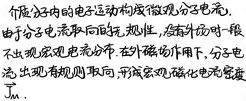
性能好的电运动构成微观分子电流，由于分子电流取向无规则性，在无外场时一般不出现宏观电流分布。在外磁场作用下，分子电流出现有规则取向，形成宏观磁化电流密度流。